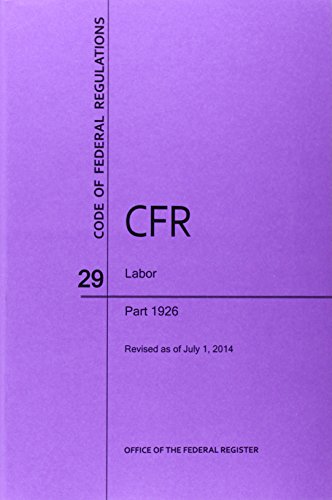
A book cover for Code of Federal Regulations Title 29, Labor, Parts 1926, 2014; National Archives and Records Administra; Law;